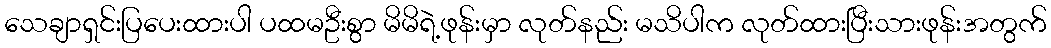
သေချာရှင်းပြပေးထားပါ ပထမဦးစွာ မိမိရဲ့ဖုန်းမှာ လုတ်နည်း မသိပါက လုတ်ထားပြီးသားဖုန်းအတွက်